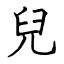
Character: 兒